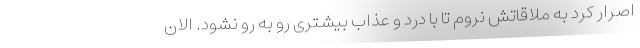
اصرار کرد به ملاقاتش نروم تا با درد و عذاب بیشتری رو به رو نشود. الان